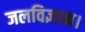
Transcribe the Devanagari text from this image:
जलविज्ञान।